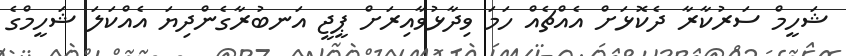
ޝަހީމް ސަރުކާރާ ދެކޮޅަށް އެއްޗެއް ހަމަ ވިދާޅުވާއިރަށް ޕީޖީ އަނބުރާގެންދިޔަ އެއްކަލަ ޝަހީމްގެ